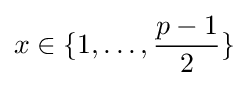
x\in \{1,\dots ,{\frac {p-1}{2}}\}